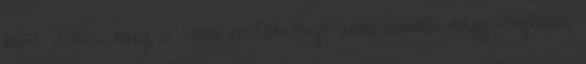
IKI-t jelöljük meg, a többi intézményt pedig annak függvényében,